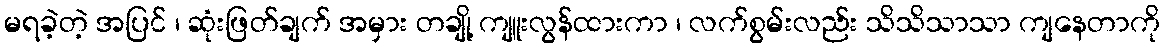
မရခဲ့တဲ့ အပြင် ၊ ဆုံးဖြတ်ချက် အမှား တချို့ ကျူးလွန်ထားကာ ၊ လက်စွမ်းလည်း သိသိသာသာ ကျနေတာကို